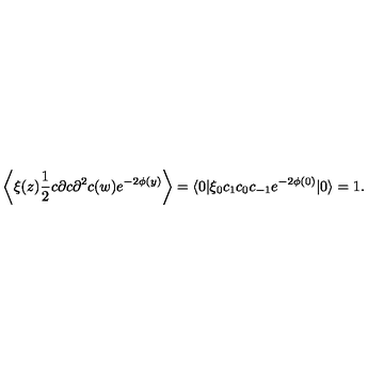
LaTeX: \left\langle \xi ( z ) \frac { 1 } { 2 } c \partial c \partial ^ { 2 } c ( w ) e ^ { - 2 \phi ( y ) } \right\rangle = \langle 0 | \xi _ { 0 } c _ { 1 } c _ { 0 } c _ { - 1 } e ^ { - 2 \phi ( 0 ) } | 0 \rangle = 1 .